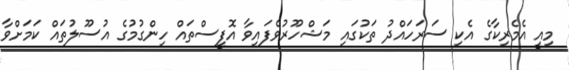
މިއީ އެމެރިކާގެ އެކި ސަރަހައްދު ތަކުގައި މަޝްހޫރުވެފައިވާ އޮފީސްތައް ހިންގުމުގެ އުސޫލުތައް ކަމަށްވާ